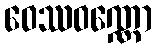
ဝေဿဝဏ္ဏော